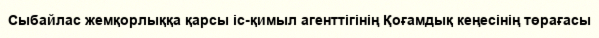
Сыбайлас жемқорлыққа қарсы іс-қимыл агенттігінің Қоғамдық кеңесінің төрағасы